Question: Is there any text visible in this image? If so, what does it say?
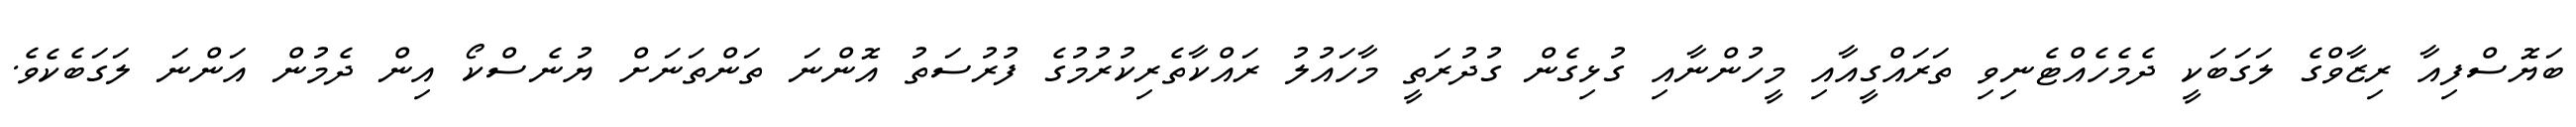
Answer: ބަޔޮސްފިއާ ރިޒާވްގެ ލަގަބަކީ ދެމެހެއްޓެނިވި ތަރައްގީއާއި މީހުންނާއި ގުޅިގެން ގުދުރަތީ މާހައުލު ރައްކާތެރިކުރުމުގެ ފުރުސަތު އޮންނަ ތަންތަނަށް ޔުނެސްކޯ އިން ދެމުން އަންނަ ލަގަބެކެވެ.